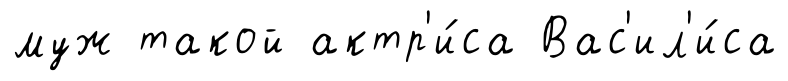
муж такой актр'и́са Вас'ил'и́са